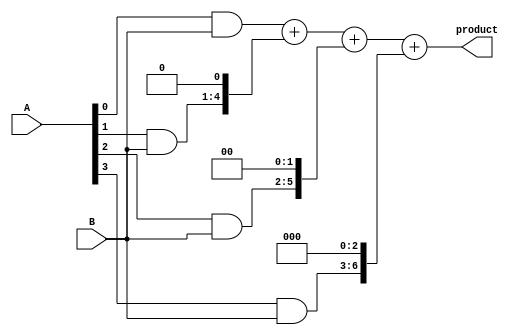
module baugh_wooley_multiplier(
  input wire [3:0] A,
  input wire [3:0] B,
  output reg [7:0] product
);

reg [7:0] partial_products [3:0];
wire [7:0] sum;

// Generate partial products
always @*
begin
  partial_products[0] = A[0] & B;   // A0 * B
  partial_products[1] = A[1] & B;   // A1 * B
  partial_products[2] = A[2] & B;   // A2 * B
  partial_products[3] = A[3] & B;   // A3 * B
end

// Generate final product
assign sum = partial_products[0] + (partial_products[1] << 1) + (partial_products[2] << 2) + (partial_products[3] << 3);

// Assign final product to output
always @*
begin
  product = sum;
end

endmodule